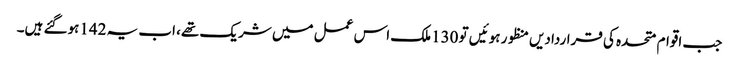
جب اقوام متحدہ کی قراردادیں منظور ہوئیں تو 130ملک اس عمل میں شریک تھے، اب یہ 142ہوگئے ہیں۔